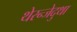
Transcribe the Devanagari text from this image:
थेरन्जेदुथा